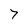
Character: 7